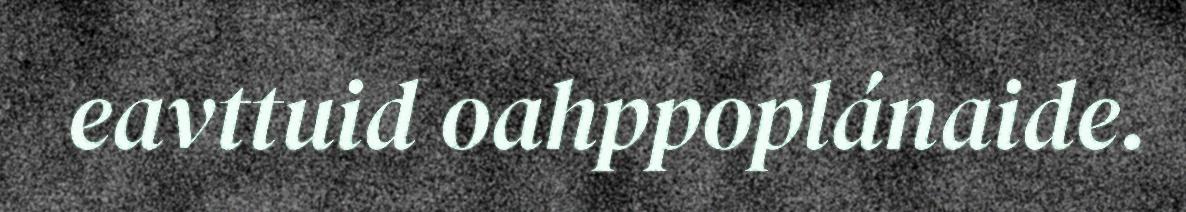
eavttuid oahppoplánaide.